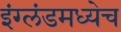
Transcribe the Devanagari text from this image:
इंग्लंडमध्येच